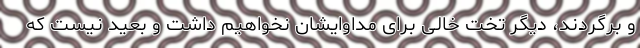
و برگردند، دیگر تخت خالی برای مداوایشان نخواهیم داشت و بعید نیست که